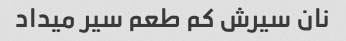
نان سیرش کم طعم سیر میداد